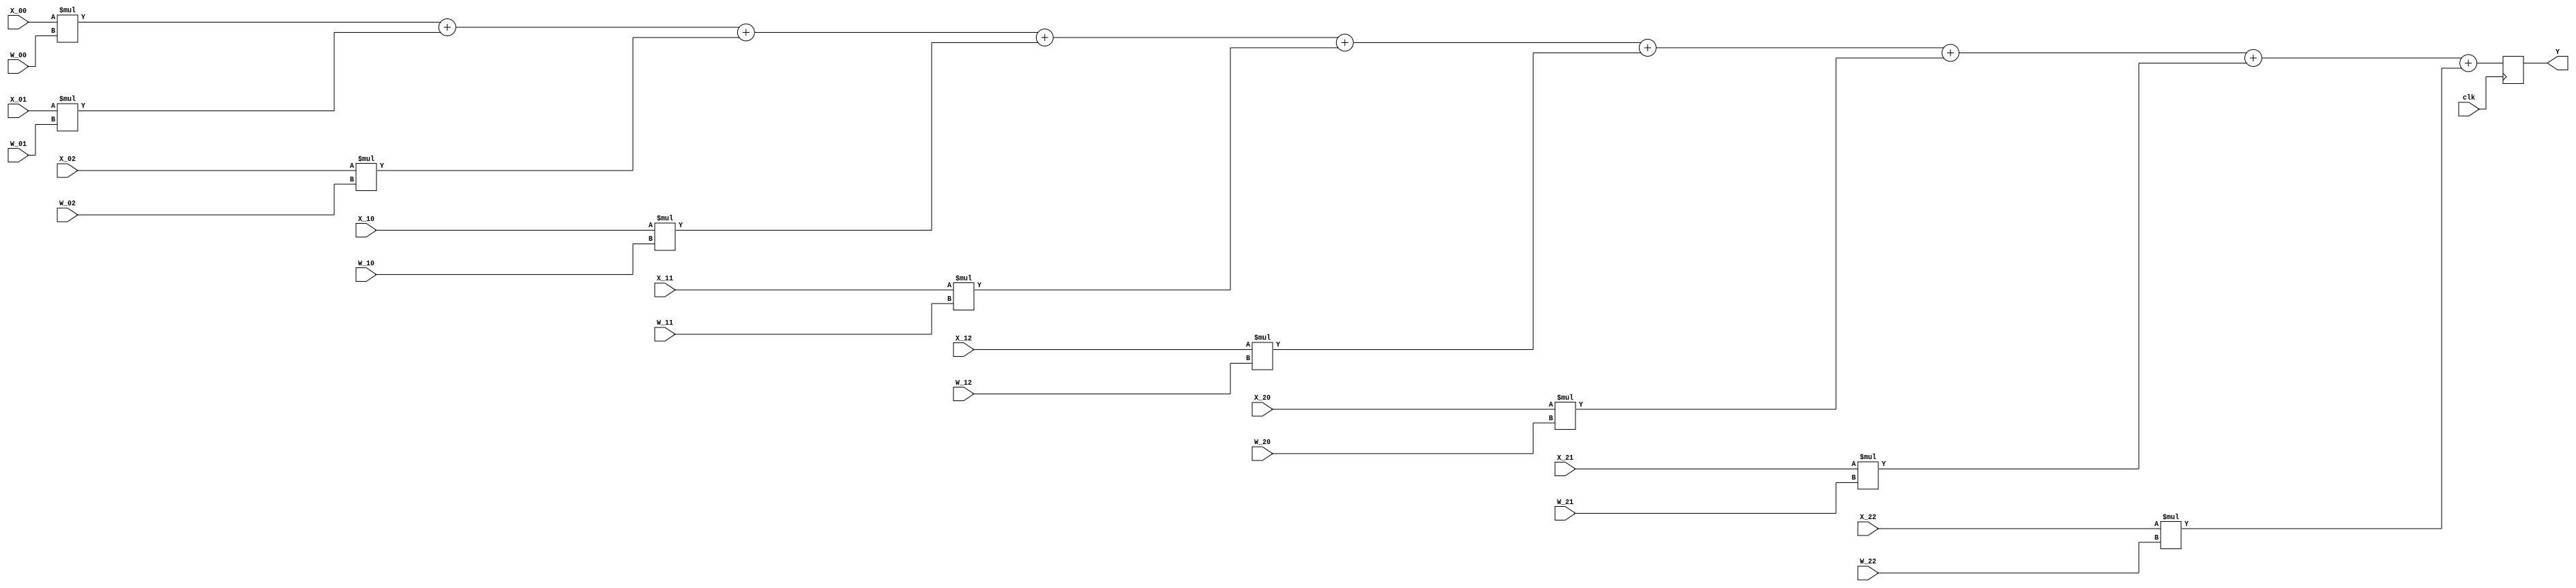
module CNN2D(
	input clk,
	input signed [7:0] X_00,
	input signed [7:0] X_01,
	input signed [7:0] X_02,
	input signed [7:0] X_10,
	input signed [7:0] X_11,
	input signed [7:0] X_12,
	input signed [7:0] X_20,
	input signed [7:0] X_21,
	input signed [7:0] X_22,
	input signed [3:0] W_00,
	input signed [3:0] W_01,
	input signed [3:0] W_02,
	input signed [3:0] W_10,
	input signed [3:0] W_11,
	input signed [3:0] W_12,
	input signed [3:0] W_20,
	input signed [3:0] W_21,
	input signed [3:0] W_22,
	output reg signed  [15:0] Y
);

always @(posedge clk) begin
	Y <= X_00 * W_00 +
		 X_01 * W_01 +
		 X_02 * W_02 +
		 X_10 * W_10 +
		 X_11 * W_11 +
		 X_12 * W_12 +
		 X_20 * W_20 +
		 X_21 * W_21 +
		 X_22 * W_22;
end

endmodule